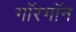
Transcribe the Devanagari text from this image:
गॉरगॉन